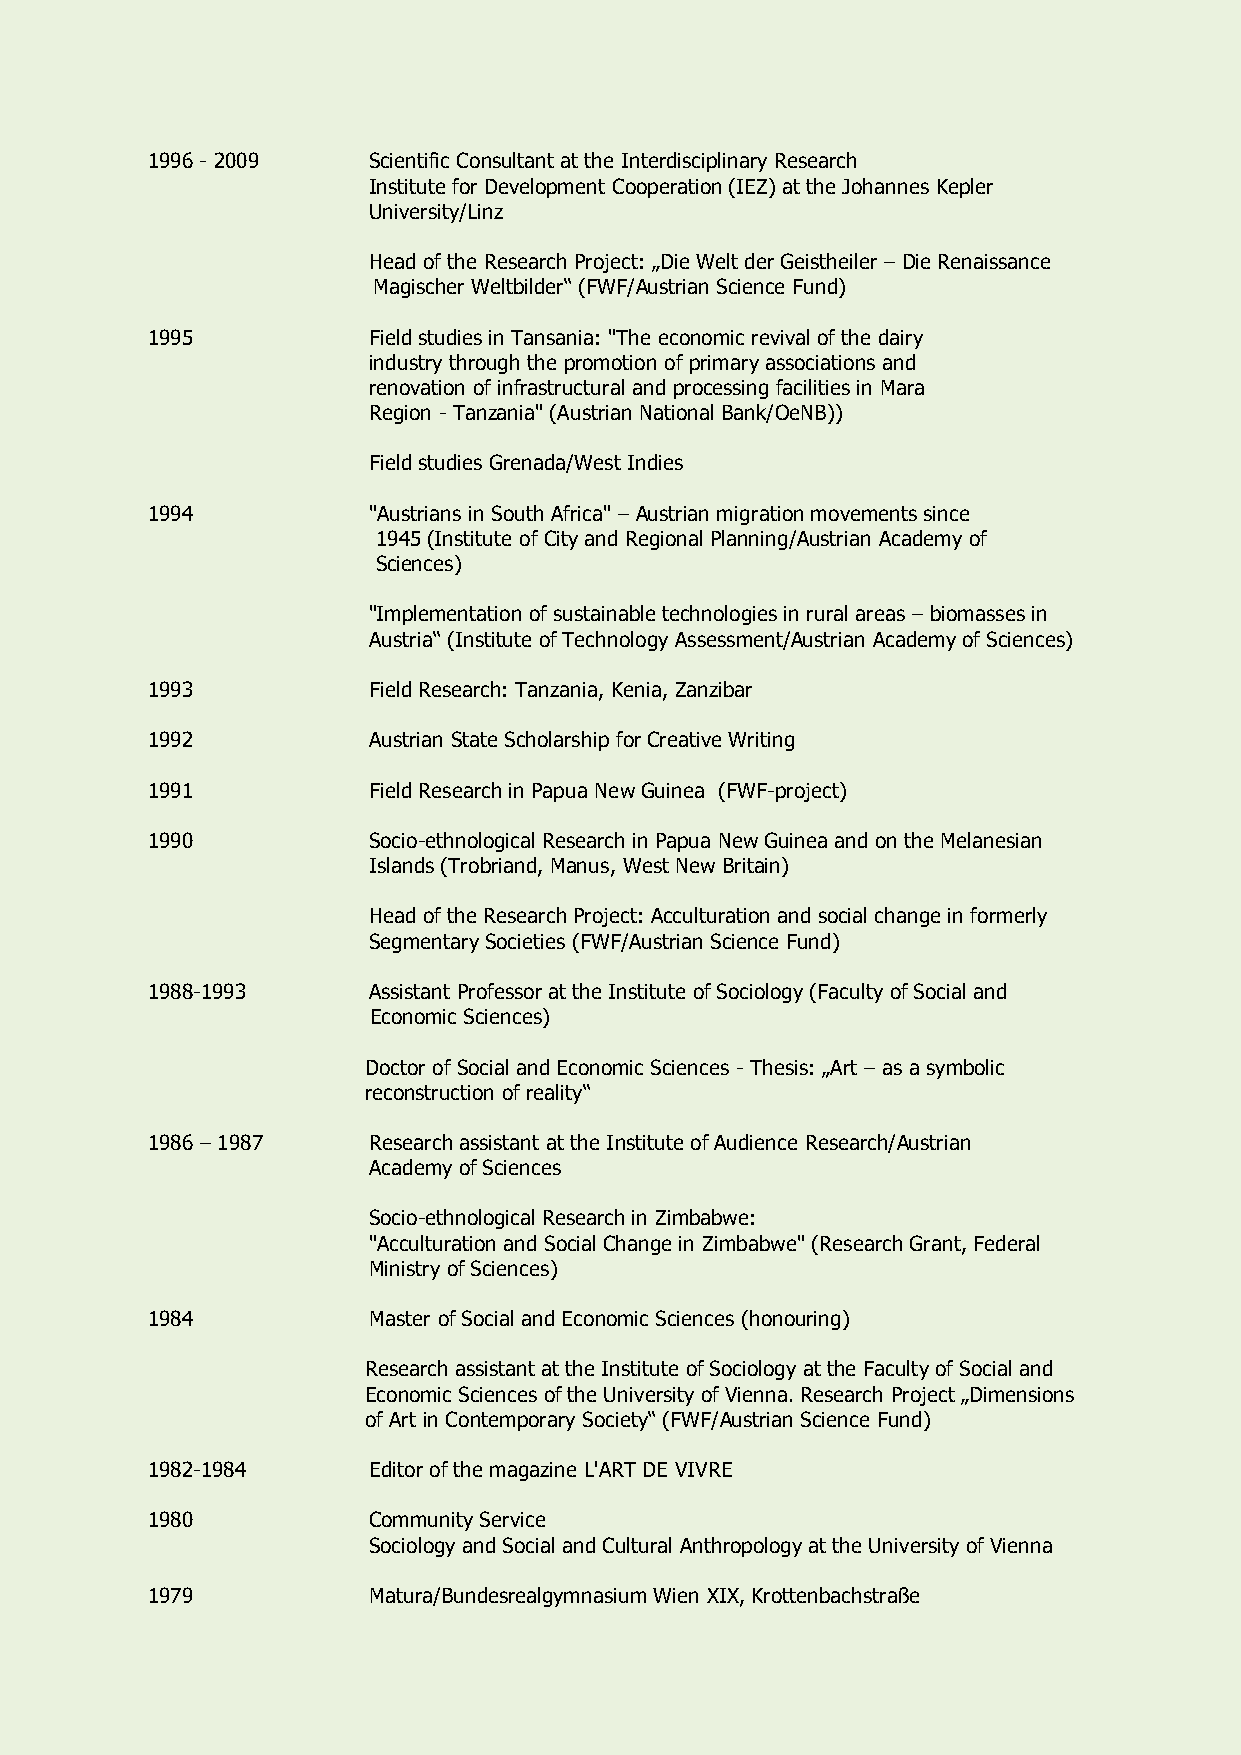
1996 - 2009   Scientific Consultant at the Interdisciplinary Research
 Institute for Development Cooperation (IEZ) at the Johannes Kepler
 University/Linz
 Head of the Research Project: „Die Welt der Geistheiler – Die Renaissance
 Magischer Weltbilder“ (FWF/Austrian Science Fund)
 1995          Field studies in Tansania: "The economic revival of the dairy
 industry through the promotion of primary associations and
 renovation of infrastructural and processing facilities in Mara
 Region - Tanzania" (Austrian National Bank/OeNB))
 Field studies Grenada/West Indies
 1994          "Austrians in South Africa" – Austrian migration movements since
 1945 (Institute of City and Regional Planning/Austrian Academy of
 Sciences)
 "Implementation of sustainable technologies in rural areas – biomasses in
 Austria“ (Institute of Technology Assessment/Austrian Academy of Sciences)
 1993          Field Research: Tanzania, Kenia, Zanzibar
 1992          Austrian State Scholarship for Creative Writing
 1991          Field Research in Papua New Guinea (FWF-project)
 1990          Socio-ethnological Research in Papua New Guinea and on the Melanesian
 Islands (Trobriand, Manus, West New Britain)
 Head of the Research Project: Acculturation and social change in formerly
 Segmentary Societies (FWF/Austrian Science Fund)
 1988-1993     Assistant Professor at the Institute of Sociology (Faculty of Social and
 Economic Sciences)
 Doctor of Social and Economic Sciences - Thesis: „Art – as a symbolic
 reconstruction of reality“
 1986 – 1987   Research assistant at the Institute of Audience Research/Austrian
 Academy of Sciences
 Socio-ethnological Research in Zimbabwe:
 "Acculturation and Social Change in Zimbabwe" (Research Grant, Federal
 Ministry of Sciences)
 1984          Master of Social and Economic Sciences (honouring)
 Research assistant at the Institute of Sociology at the Faculty of Social and
 Economic Sciences of the University of Vienna. Research Project „Dimensions
 of Art in Contemporary Society“ (FWF/Austrian Science Fund)
 1982-1984     Editor of the magazine L'ART DE VIVRE
 1980          Community Service
 Sociology and Social and Cultural Anthropology at the University of Vienna
 1979          Matura/Bundesrealgymnasium Wien XIX, Krottenbachstraße